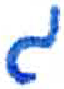
אות: ג